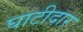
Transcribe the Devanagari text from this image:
घाटीदार